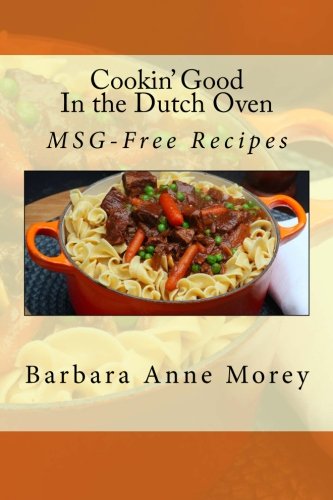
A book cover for Cookin' Good in the Dutch Oven: MSG-Free Recipes (Volume 2); Barbara Anne Morey; Cookbooks, Food & Wine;